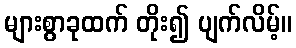
များစွာခုထက် တိုး၍ ပျက်လိမ့်။